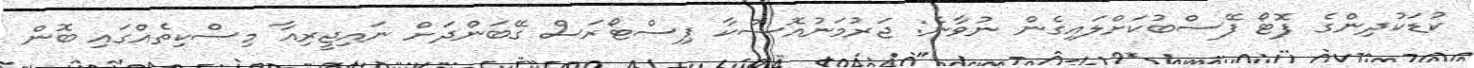
ކުޑަކުދިންގެ ފޮޓޯ ފޭސްބުކަށްލައިގެން ނުވާނެ: ޖަރުމަނުއޮސްކާ ޕިސްޓޯރަސް ގޭބަންދަށް ނައިޖީރިއާ މިސްކިތެއްގައި ބޮން